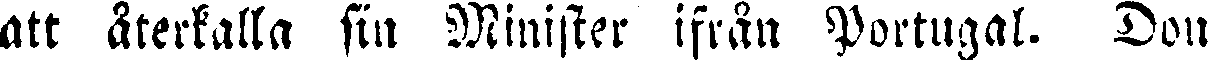
att återkalla sin Minister ifrån Portugal. Don